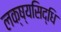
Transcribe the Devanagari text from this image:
लक्ष्यसिद्धि